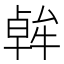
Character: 𪟷